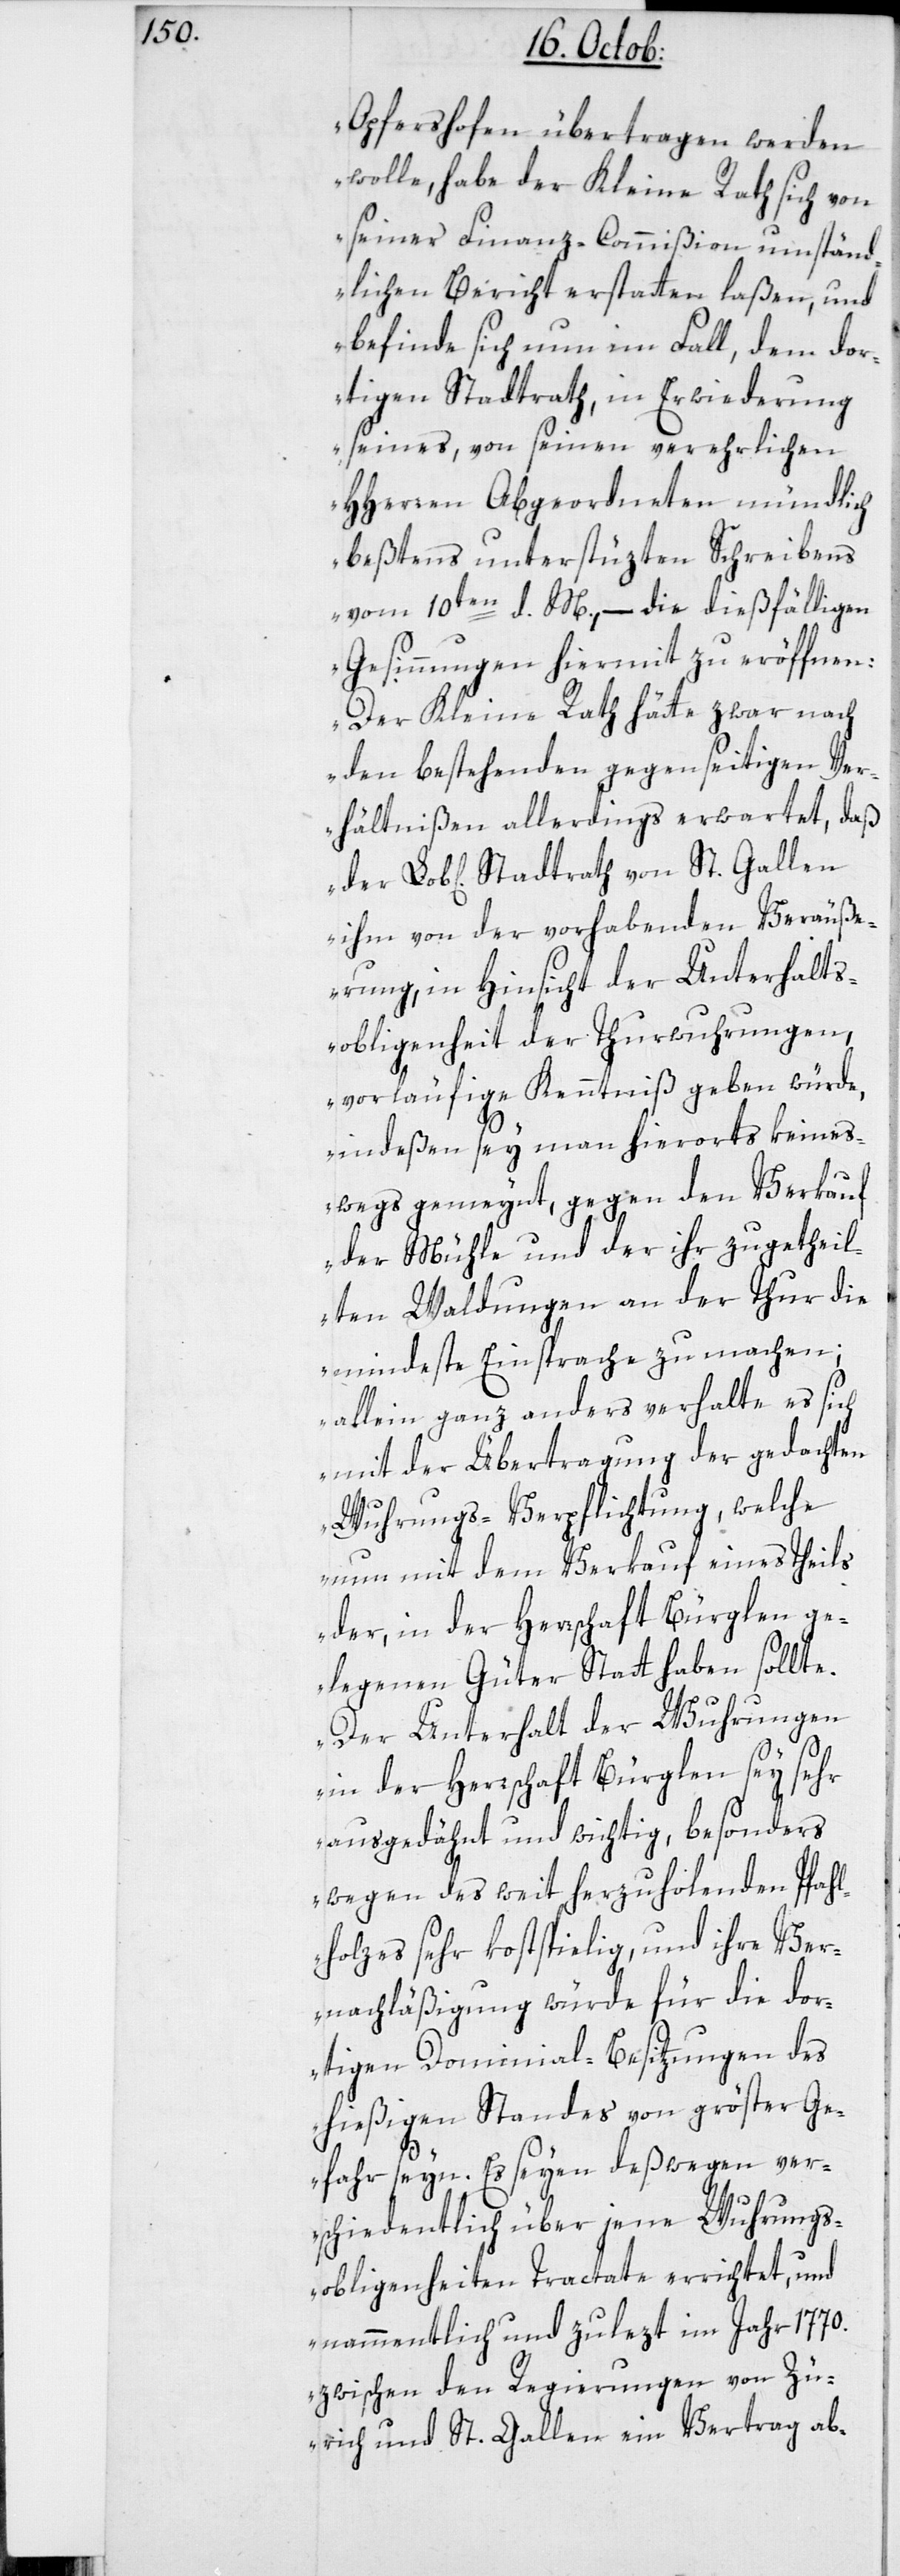
Opfershofen übertragen werden
wolle, habe der Kleine Rath sich von
seiner Finanz-Commißion umständ¬
lichen Bericht erstatten laßen, und
befinde sich nun im Fall, dem dor¬
tigen Stadtrath in Erwiderung
seines, von seinen verehrlichen
HHerren Abgeordneten mündlich
beßtens unterstüzten Schreibens
vom 10ten d. M., – die dießfälligen
Gesinnungen hiermit zu eröffnen:
Der Kleine Rath hätte zwar nach
den bestehenden gegenseitigen Ver¬
hältnißen allerdings erwartet, daß
ihm von der vorhabenden Veräuße¬
rung, in Hinsicht der Unterhalts¬
obliegenheit der Thurwuhrungen,
vorläufige Kenntniß geben würde,
indeßen sey man hierorts keines¬
wegs gemeynt, gegen den Verkauf
der Mühle und der ihr zugetheil¬
ten Waldungen an der Thur die
mindeste Einsprache zu machen;
allein ganz anders verhalte es sich
mit der Übertragung der gedachten
Wuhrungs-Verpflichtung, welche
nun mit dem Verkauf eines Theils
der, in der Herrschaft Bürglen ge¬
legenen Güter Statt haben sollte.
Der Unterhalt der Wuhrungen
in der Herrschaft Bürglen sey sehr
ausgedehnt und wichtig, besonders
wegen des weit herzuholenden Pfahl¬
holzes sehr kostspielig, und ihre Ver¬
nachläßigung würde für die do¬
rtigen Dominial-Besitzungen des
hießigen Standes von gröster Ge¬
fahr seyn. Es seyen deßwegen ver¬
schiedentlich über jene Wuhrungs¬
obliegenheiten Tractate errichtet und
namentlich und zulezt im Jahr 1770.
zwischen den Regierungen von Zü¬
rich und St. Gallen ein Vertrag ab-